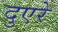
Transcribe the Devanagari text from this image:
दुएरे